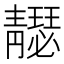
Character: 𩇣